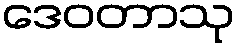
ဒေဝတာသု